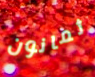
ثمانون